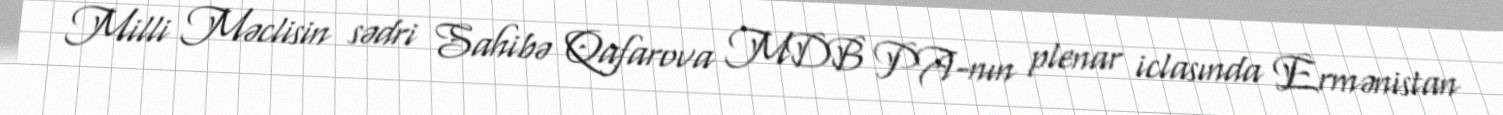
Milli Məclisin sədri Sahibə Qafarova MDB PA-nın plenar iclasında Ermənistan